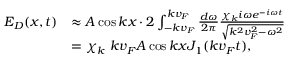
\begin{array} { r l } { E _ { D } ( x , t ) } & { \approx A \cos k x \cdot 2 \int _ { - k v _ { F } } ^ { k v _ { F } } \frac { d \omega } { 2 \pi } \frac { \chi _ { k } i \omega e ^ { - i \omega t } } { \sqrt { k ^ { 2 } v _ { F } ^ { 2 } - \omega ^ { 2 } } } } \\ & { = \chi _ { k } \ k v _ { F } A \cos k x J _ { 1 } ( k v _ { F } t ) , } \end{array}